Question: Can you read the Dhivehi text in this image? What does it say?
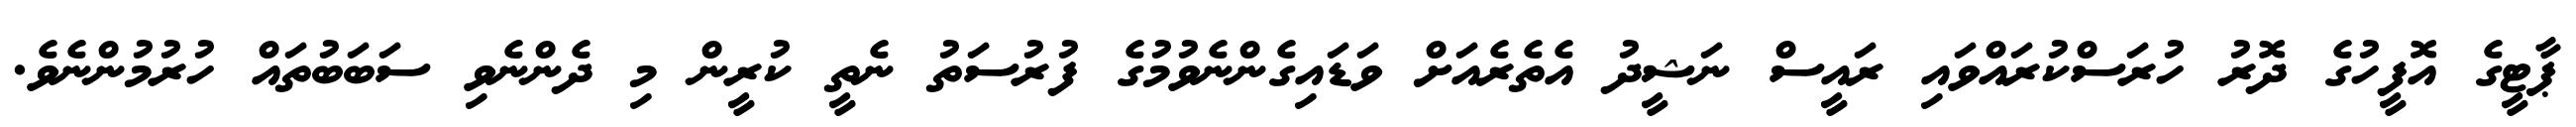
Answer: ޕާޓީގެ އޮފީހުގެ ދޮރު ހުރަސްކުރައްވައި ރައީސް ނަޝީދު އެތެރެއަށް ވަޑައިގެންނެވުމުގެ ފުރުސަތު ނެތީ ކުރީން މި ދެންނެވި ސަބަބުތައް ހުރުމުންނެވެ.